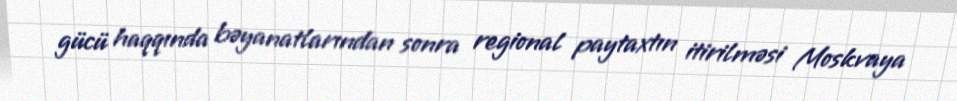
gücü haqqında bəyanatlarından sonra regional paytaxtın itirilməsi Moskvaya